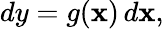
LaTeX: dy=g(\mathbf{x})\, d\mathbf{x},